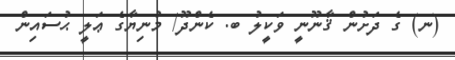
(ނ) ގެ ދަށުން ޤާނޫނީ ވަކީލު ބ. ކެންދޫ/ މުނިޔާގެ ޢަލީ ޙުސައިން